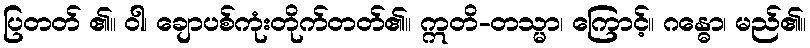
ပြတတ် ၏။ ဝါ၊ ချောပစ်ကုံးတိုက်တတ်၏။ ဣတိ-တသ္မာ၊ ကြောင့်။ ဂန္ဓော၊ မည်၏။